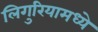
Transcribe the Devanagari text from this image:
लिगुरियामध्ये